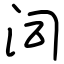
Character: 泀